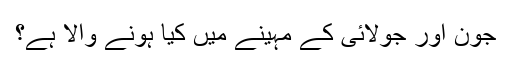
جون اور جولائی کے مہینے میں کیا ہونے والا ہے؟